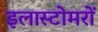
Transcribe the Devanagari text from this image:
इलास्टोमरों